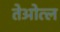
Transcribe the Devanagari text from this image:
तेओत्ल